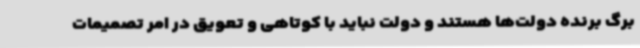
برگ برنده دولت‌ها هستند و دولت نباید با کوتاهی و تعویق در امر تصمیمات